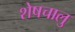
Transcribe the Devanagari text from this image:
शेषचालु